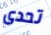
تحدى